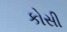
કોસી